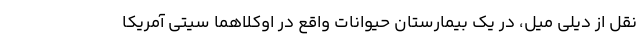
نقل از دیلی میل، در یک بیمارستان حیوانات واقع در اوکلاهما سیتی آمریکا